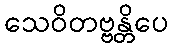
သေဝိတဗ္ဗန္တိပေ